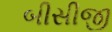
બીસીજી